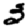
Digit: 3